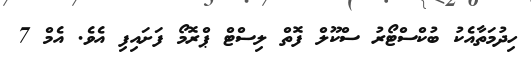
ހިދުމަތާއެކު ބުކްސްޓޯރު ސްކޫލް ފޮތް ލިސްޓް ޕްރޮމޯ ފަށައިފި އެވެ. އެމް 7